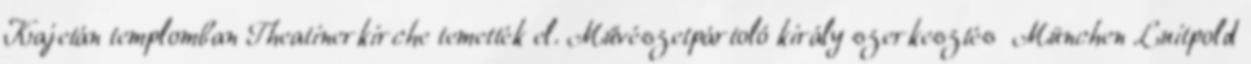
Kajetán templomban Theatinerkirche temették el. Művészetpártoló király szerkesztés München Luitpold